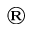
^ \mathrm { \textregistered }